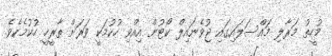
މުހީތު މަރާލި މައްސަލައިގައި ޖުވެނައިލް ކޯޓުން އިއްވި ހުކުމަކީ ވަރަށް ތާރީޚީ ހުކުމެކެވެ.